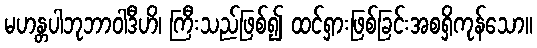
မဟန္တပါဘုဘာဝါဒီဟိ၊ ကြီးသည်ဖြစ်၍ ထင်ရှားဖြစ်ခြင်းအစရှိကုန်သော။